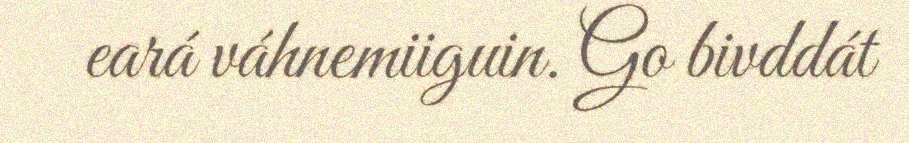
eará váhnemiiguin. Go bivddát